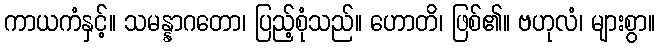
ကာယကံနှင့်။ သမန္နာဂတော၊ ပြည့်စုံသည်။ ဟောတိ၊ ဖြစ်၏။ ဗဟုလံ၊ များစွာ။